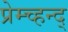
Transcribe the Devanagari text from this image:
प्रेम्च्हन्द्